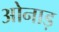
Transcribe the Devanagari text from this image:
ओनाड़